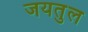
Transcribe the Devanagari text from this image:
जयतुल